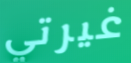
غيرتي